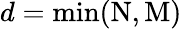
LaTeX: d=\mathrm{min}(\mathrm{N},\mathrm{M})